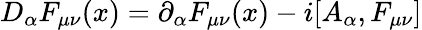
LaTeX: D_{\alpha}F_{\mu\nu}(x)=\partial_{\alpha}F_{\mu\nu}(x)-i[A_{\alpha},F_{\mu\nu}]